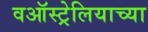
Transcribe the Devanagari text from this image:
वऑस्ट्रेलियाच्या